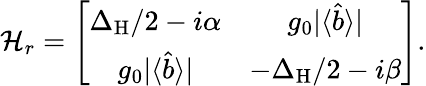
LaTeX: \mathcal{H}_{r}=\left[\begin{array}{cc}{\Delta_{\mathrm{H}}/2-i\alpha}&{g_{0}|\langle\hat{b}\rangle|}\\ {g_{0}|\langle\hat{b}\rangle|}&{-\Delta_{\mathrm{H}}/2-i\beta}\end{array}\right].